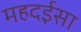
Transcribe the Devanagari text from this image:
महदईसा